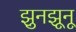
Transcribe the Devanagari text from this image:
झुनझूनू